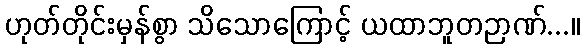
ဟုတ်တိုင်းမှန်စွာ သိသောကြောင့် ယထာဘူတဉာဏ်...။